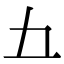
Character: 𫝀